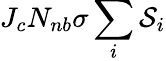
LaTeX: J_{c}N_{nb}\sigma\sum_{i}\mathcal{S}_{i}